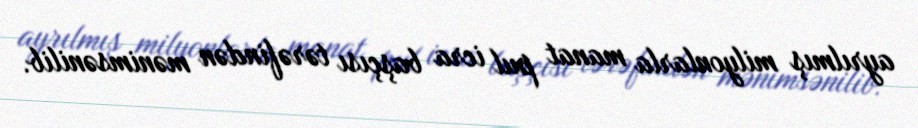
ayrılmış milyonlarla manat pul icra başçısı tərəfindən mənimsənilib.